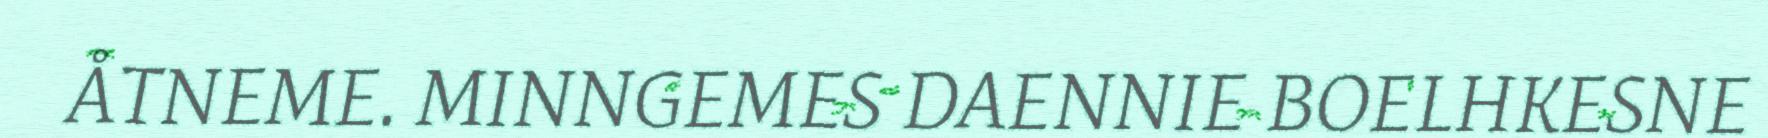
ÅTNEME. MINNGEMES DAENNIE BOELHKESNE